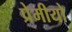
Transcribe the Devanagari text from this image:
प्रेमीयो